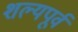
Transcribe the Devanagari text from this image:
शल्यपूर्व